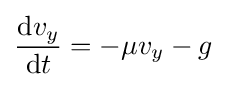
{\frac {\mathrm {d} v_{y}}{\mathrm {d} t}}=-\mu v_{y}-g